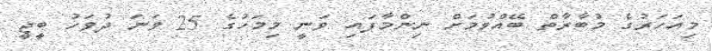
މިއަހަރުގެ މުބާރާތް ބޭއްވުމަށް ނިންމާފައި ވަނީ މިމަހުގެ 25 ވަނަ ދުވަހު ބީޖީ